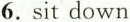
6.sit down